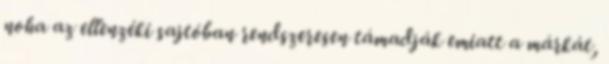
noha az ellenzéki sajtóban rendszeresen támadják emiatt a márkát,